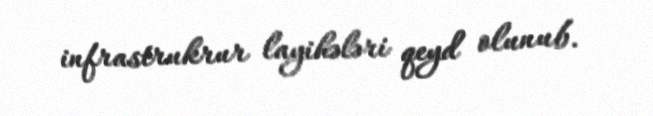
infrastrukrur layihələri qeyd olunub.